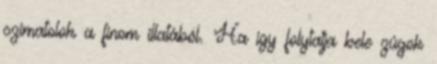
szimatolok a finom illatából. Ha így folytatja bele zúgok